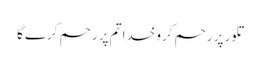
تلور پر رحم کرو خدا تم پر رحم کرے گا